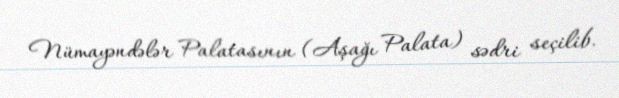
Nümayəndələr Palatasının (Aşağı Palata) sədri seçilib.